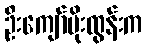
ဦးကျော်မိုးထွန်းက